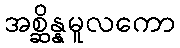
အစ္ဆိန္နမူလကော